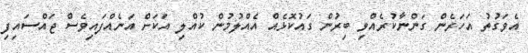
އެވަގުތު އަހަރެން ގަންނާކުރެއްވި ބިރުން ގައުކޮޅެއް އެއްލުމުން ކުއްލި އަކަށް އަނެއްފައިވެސް ޖައްސައިފި